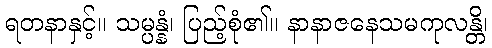
ရတနာနှင့်။ သမ္ပန္နံ၊ ပြည့်စုံ၏။ နာနာဇနေသမကုလန္တိ၊